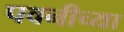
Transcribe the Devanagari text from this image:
पवनीच्या